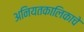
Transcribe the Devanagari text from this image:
अनियतकालिकाचे